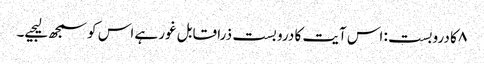
۸ کا دروبست: اس آیت کا درو بست ذرا قابل غور ہے اس کو سمجھ لیجیے۔